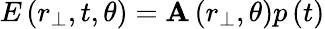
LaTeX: E\left(r_{\perp},t,\theta\right)=\mathbf{A}\left(r_{\perp},\theta\right)p\left(t\right)